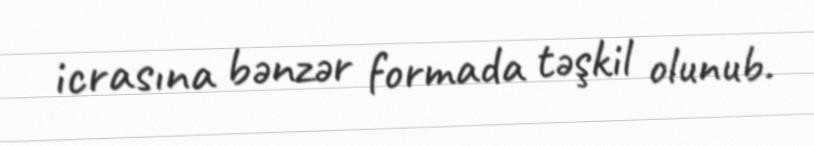
icrasına bənzər formada təşkil olunub.